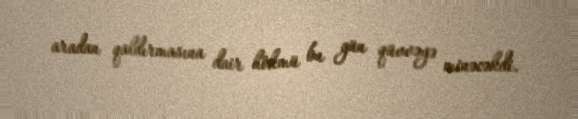
aradan qaldırmasına dair hökmü bu gün qüvvəyə minəcəkdi.